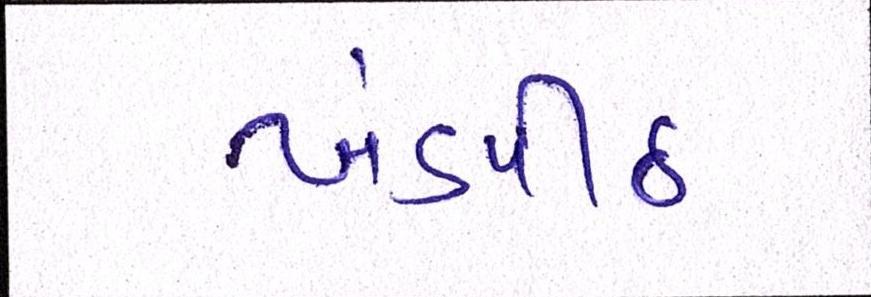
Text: ખંડપીઠ